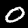
Digit: 0